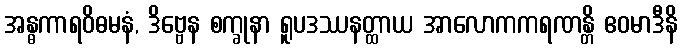
အန္ဓကာရဝိဓမနံ, ဒိဗ္ဗေန စက္ခုနာ ရူပဒဿနတ္ထာယ အာလောကကရဏန္တိ ဧဝမာဒီနိ